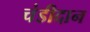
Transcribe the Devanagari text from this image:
चंडीदान